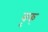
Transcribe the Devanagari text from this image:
वृक्